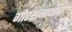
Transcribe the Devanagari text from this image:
गोरक्षनाथाचा